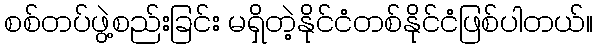
စစ်တပ်ဖွဲ့စည်းခြင်း မရှိတဲ့နိုင်ငံတစ်နိုင်ငံဖြစ်ပါတယ်။